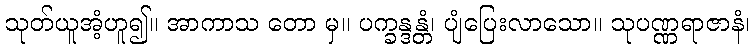
သုတ်ယူအံ့ဟူ၍။ အာကာသ တော မှ။ ပက္ခန္ဒန္တံ၊ ပျံပြေးလာသော။ သုပဏ္ဏရာဇာနံ၊